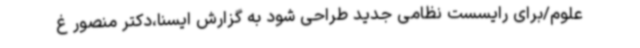
علوم/برای رایسست نظامی جدید طراحی شود به گزارش ایسنا،دکتر منصور غ